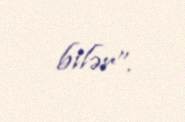
bilər”.